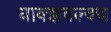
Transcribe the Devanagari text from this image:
याक्ज्ञवल्क्य